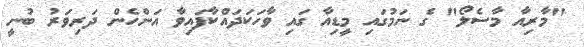
"މާރިއާ މާސެލޯ" ގެ ނަމުގައި މީޑިއާ ގައި ވާހަކަދައްކާފައިވާ އަންހެން ދަރިވަރު ބުނީ